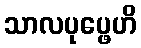
သာလပုပ္ဖေဟိ